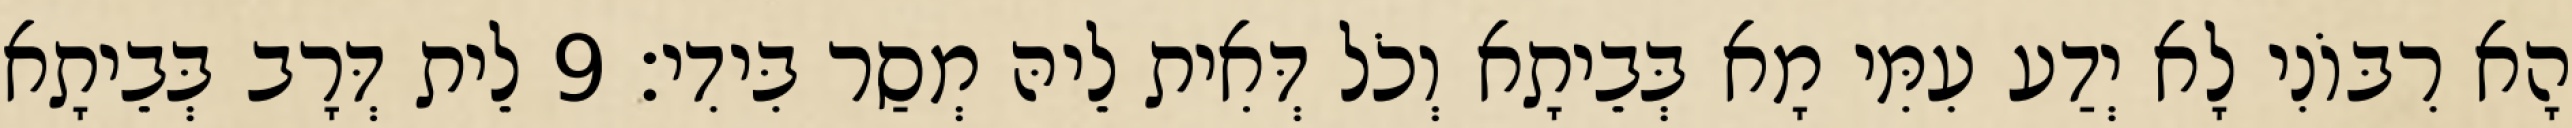
הָא רִבּוֹנִי לָא יְדַע עִמִּי מָא בְּבֵיתָא וְכֹל דְּאִית לֵיהּ מְסַר בִּידִי׃ 9 לֵית דְּרָב בְּבֵיתָא